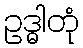
ဥဒ္ဓါတုံ